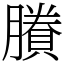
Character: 賸